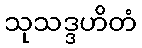
သုသဒ္ဒဟိတံ